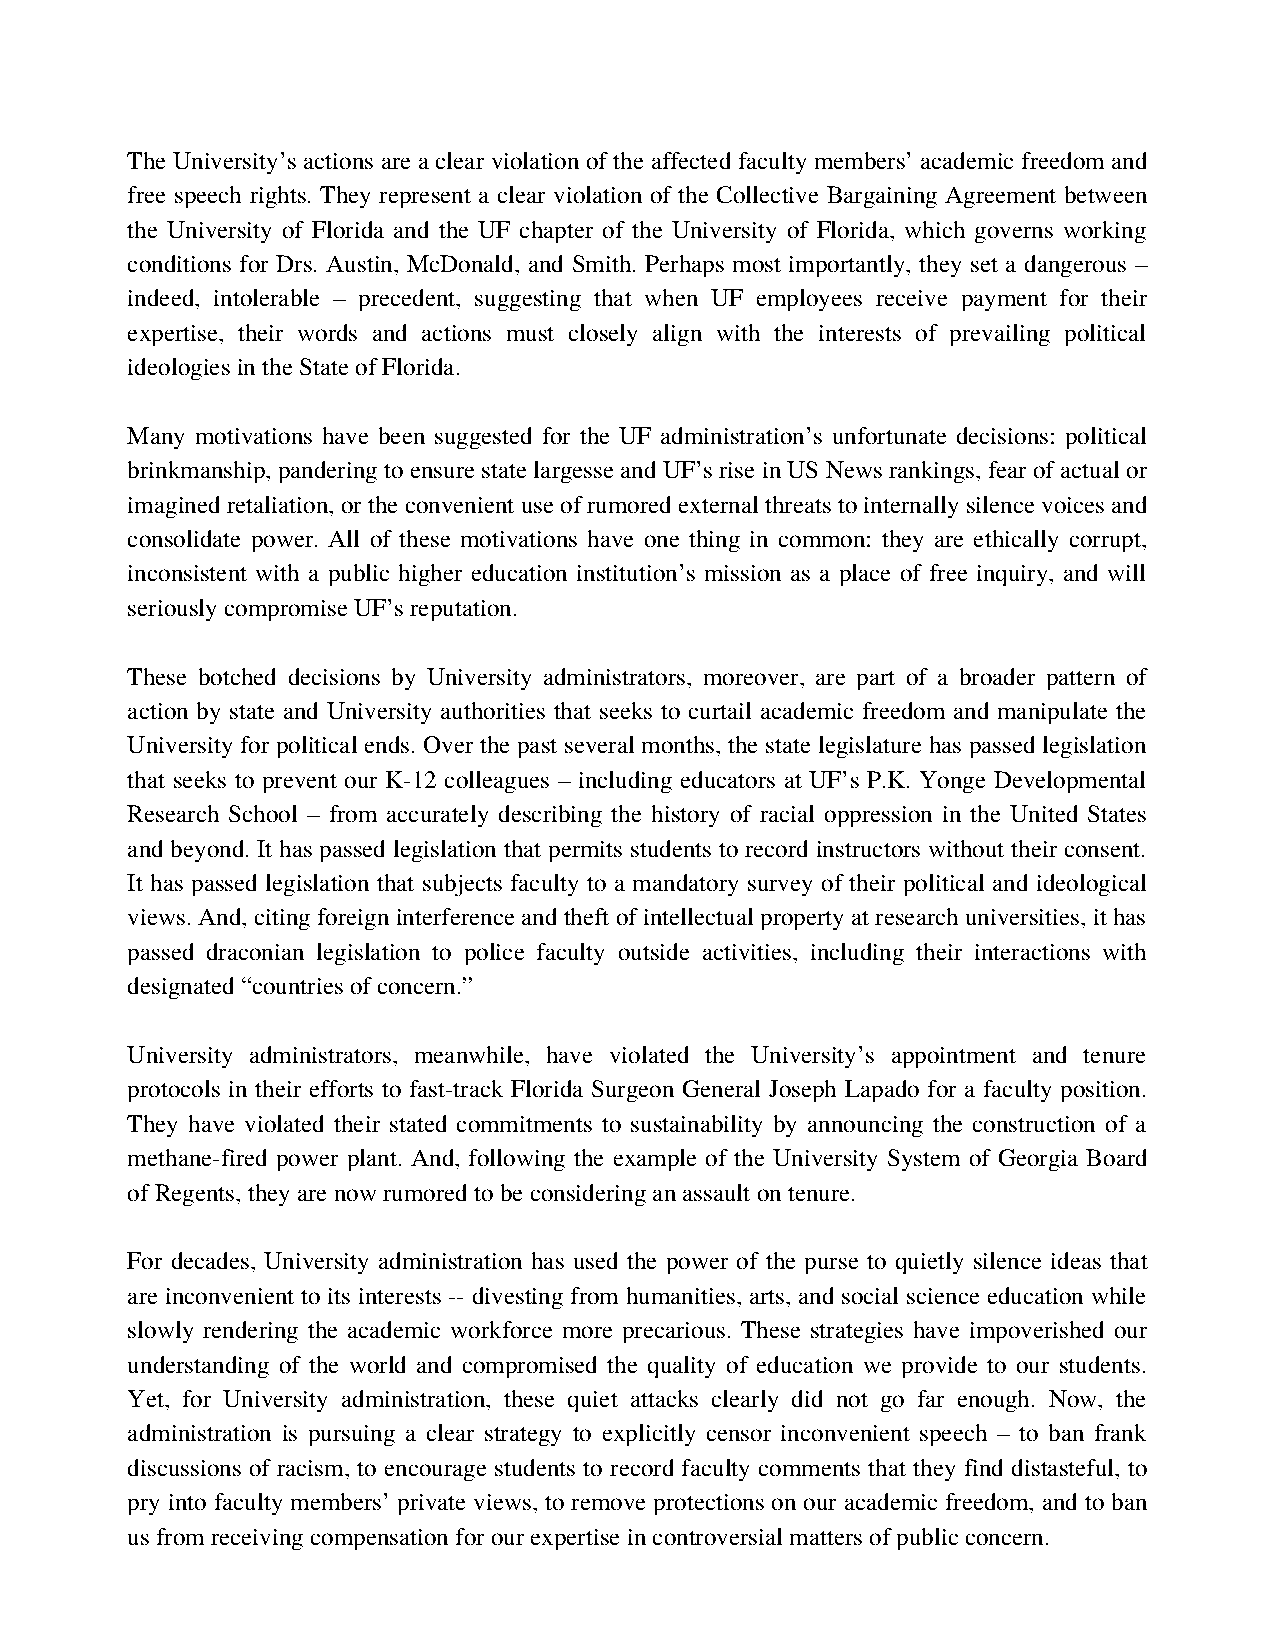
The University’s actions are a clear violation of the affected faculty members’ academic freedom and
 free speech rights. They represent a clear violation of the Collective Bargaining Agreement between
 the University of Florida and the UF chapter of the University of Florida, which governs working
 conditions for Drs. Austin, McDonald, and Smith. Perhaps most importantly, they set a dangerous –
 indeed, intolerable – precedent, suggesting that when UF employees receive payment for their
 expertise, their words and actions must closely align with the interests of prevailing political
 ideologies in the State of Florida.
 Many motivations have been suggested for the UF administration’s unfortunate decisions: political
 brinkmanship, pandering to ensure state largesse and UF’s rise in US News rankings, fear of actual or
 imagined retaliation, or the convenient use of rumored external threats to internally silence voices and
 consolidate power. All of these motivations have one thing in common: they are ethically corrupt,
 inconsistent with a public higher education institution’s mission as a place of free inquiry, and will
 seriously compromise UF’s reputation.
 These botched decisions by University administrators, moreover, are part of a broader pattern of
 action by state and University authorities that seeks to curtail academic freedom and manipulate the
 University for political ends. Over the past several months, the state legislature has passed legislation
 that seeks to prevent our K-12 colleagues – including educators at UF’s P.K. Yonge Developmental
 Research School – from accurately describing the history of racial oppression in the United States
 and beyond. It has passed legislation that permits students to record instructors without their consent.
 It has passed legislation that subjects faculty to a mandatory survey of their political and ideological
 views. And, citing foreign interference and theft of intellectual property at research universities, it has
 passed draconian legislation to police faculty outside activities, including their interactions with
 designated “countries of concern.”
 University administrators, meanwhile, have violated the University’s appointment and tenure
 protocols in their efforts to fast-track Florida Surgeon General Joseph Lapado for a faculty position.
 They have violated their stated commitments to sustainability by announcing the construction of a
 methane-fired power plant. And, following the example of the University System of Georgia Board
 of Regents, they are now rumored to be considering an assault on tenure.
 For decades, University administration has used the power of the purse to quietly silence ideas that
 are inconvenient to its interests -- divesting from humanities, arts, and social science education while
 slowly rendering the academic workforce more precarious. These strategies have impoverished our
 understanding of the world and compromised the quality of education we provide to our students.
 Yet, for University administration, these quiet attacks clearly did not go far enough. Now, the
 administration is pursuing a clear strategy to explicitly censor inconvenient speech – to ban frank
 discussions of racism, to encourage students to record faculty comments that they find distasteful, to
 pry into faculty members’ private views, to remove protections on our academic freedom, and to ban
 us from receiving compensation for our expertise in controversial matters of public concern.